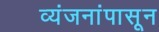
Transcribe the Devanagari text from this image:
व्यंजनांपासून